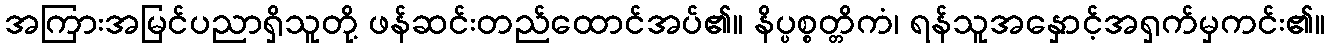
အကြားအမြင်ပညာရှိသူတို့ ဖန်ဆင်းတည်ထောင်အပ်၏။ နိပ္ပစ္စတ္တိကံ၊ ရန်သူအနှောင့်အရှက်မှကင်း၏။